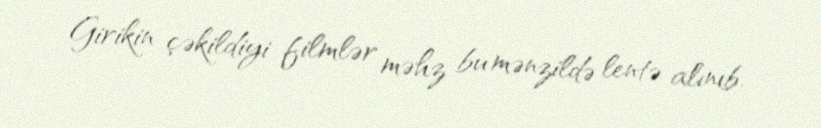
Girikin çəkildiyi filmlər məhz bu mənzildə lentə alınıb.